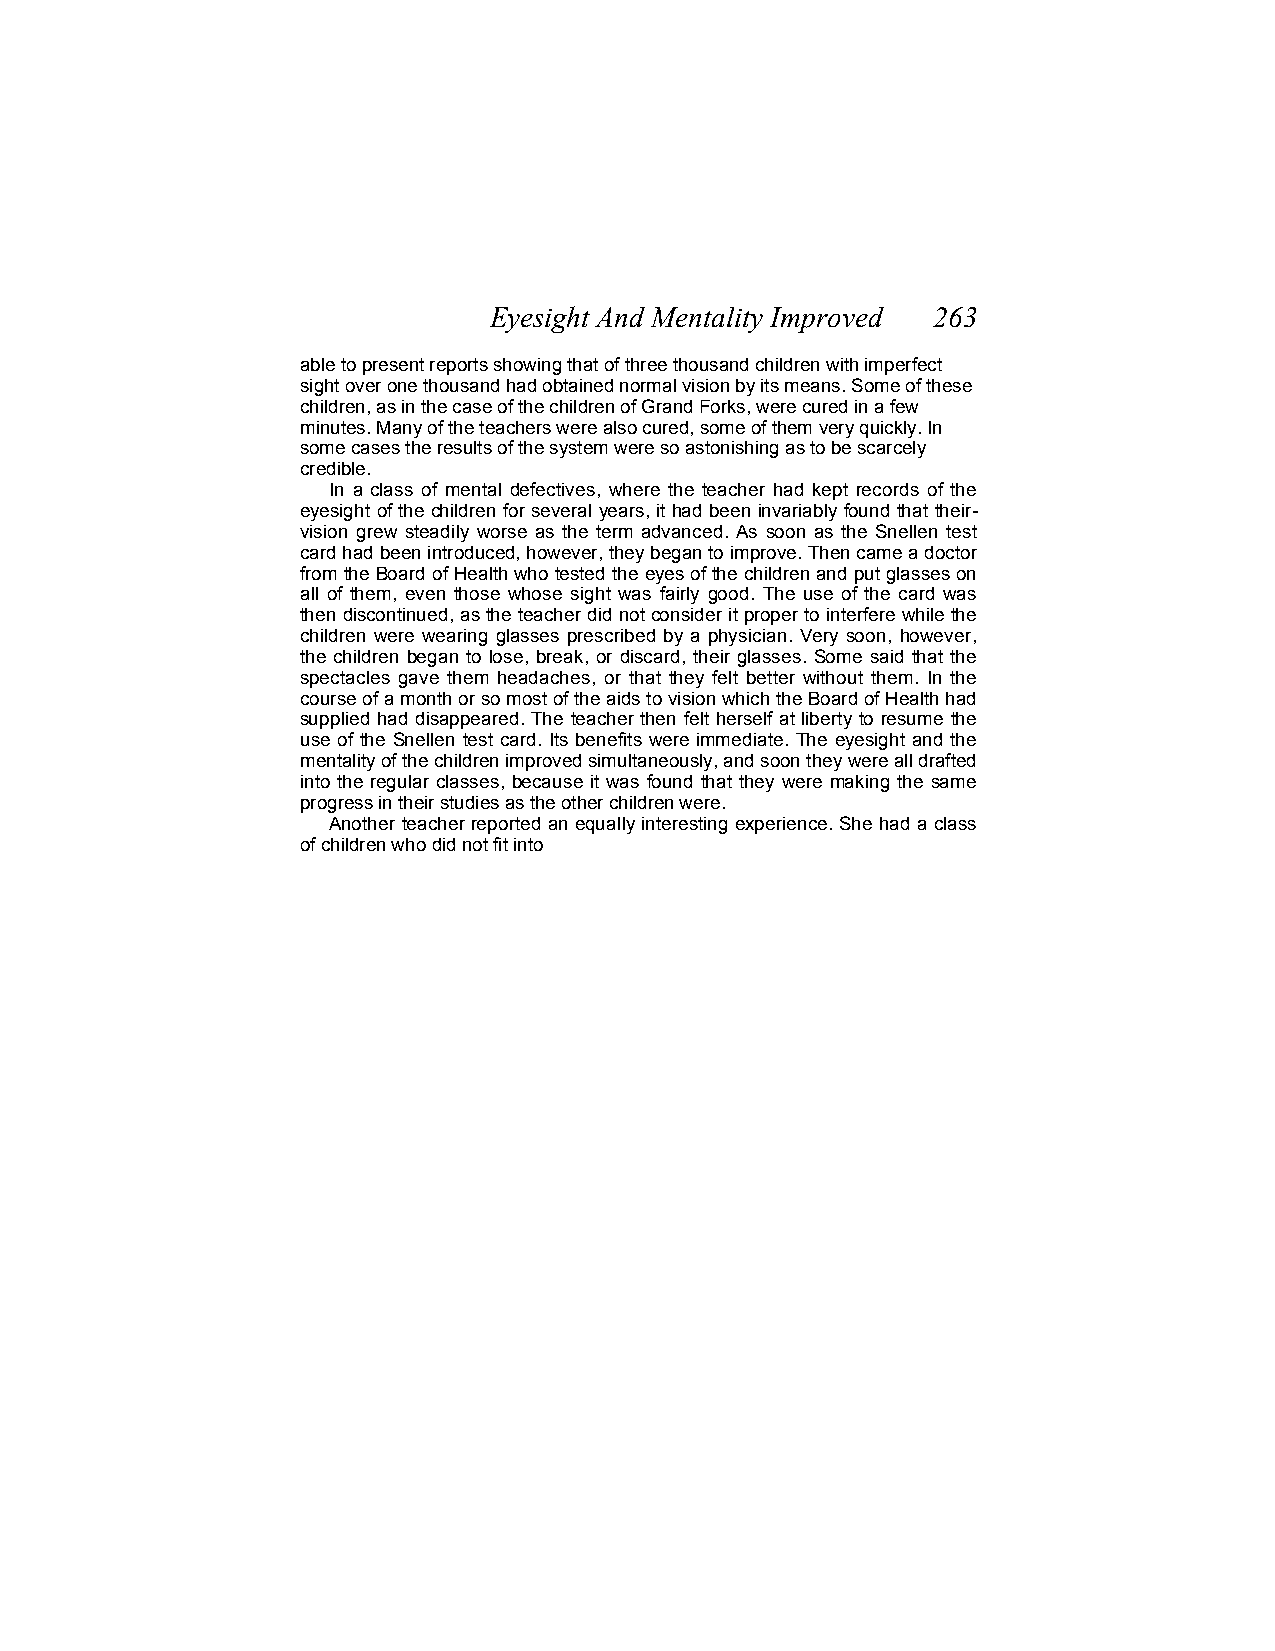
Eyesight And Mentality Improved 263
 able to present reports showing that of three thousand children with imperfect
 sight over one thousand had obtained normal vision by its means. Some of these
 children, as in the case of the children of Grand Forks, were cured in a few
 minutes. Many of the teachers were also cured, some of them very quickly. In
 some cases the results of the system were so astonishing as to be scarcely
 credible.
 In a class of mental defectives, where the teacher had kept records of the
 eyesight of the children for several years, it had been invariably found that their-
 vision grew steadily worse as the term advanced. As soon as the Snellen test
 card had been introduced, however, they began to improve. Then came a doctor
 from the Board of Health who tested the eyes of the children and put glasses on
 all of them, even those whose sight was fairly good. The use of the card was
 then discontinued, as the teacher did not consider it proper to interfere while the
 children were wearing glasses prescribed by a physician. Very soon, however,
 the children began to lose, break, or discard, their glasses. Some said that the
 spectacles gave them headaches, or that they felt better without them. In the
 course of a month or so most of the aids to vision which the Board of Health had
 supplied had disappeared. The teacher then felt herself at liberty to resume the
 use of the Snellen test card. Its benefits were immediate. The eyesight and the
 mentality of the children improved simultaneously, and soon they were all drafted
 into the regular classes, because it was found that they were making the same
 progress in their studies as the other children were.
 Another teacher reported an equally interesting experience. She had a class
 of children who did not fit into